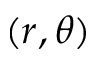
( r , \theta )